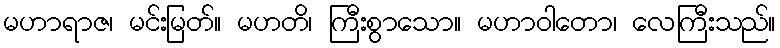
မဟာရာဇ၊ မင်းမြတ်။ မဟတိ၊ ကြီးစွာသော။ မဟာဝါတော၊ လေကြီးသည်။